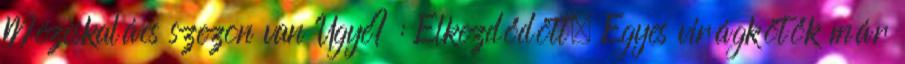
Mézeskalács szezon van Ugye? : Elkezdődött. Egyes virágkötők már